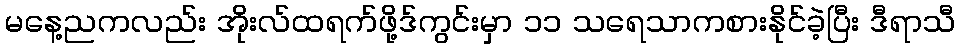
မနေ့ညကလည်း အိုးလ်ထရက်ဖို့ဒ်ကွင်းမှာ ၁၁ သရေသာကစားနိုင်ခဲ့ပြီး ဒီရာသီ